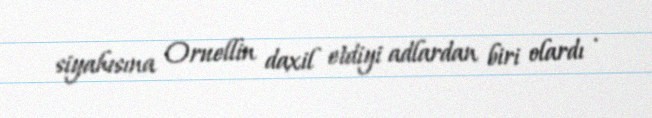
siyahısına Oruellin daxil etdiyi adlardan biri olardı .